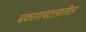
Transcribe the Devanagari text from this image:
प्रकाशपटलातील